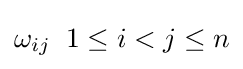
\omega _{ij}\;\;1\leq i<j\leq n